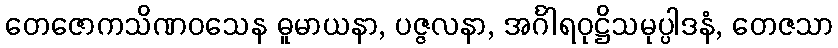
တေဇောကသိဏဝသေန ဓူမာယနာ, ပဇ္ဇလနာ, အင်္ဂါရဝုဋ္ဌိသမုပ္ပါဒနံ, တေဇသာ